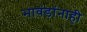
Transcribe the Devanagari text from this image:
भावंडांनाही